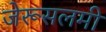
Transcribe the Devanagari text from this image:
जेरूसलमी